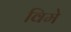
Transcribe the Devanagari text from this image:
विमे